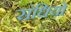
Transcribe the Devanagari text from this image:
संधियो